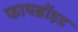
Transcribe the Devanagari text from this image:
फायब्रॉइड